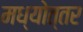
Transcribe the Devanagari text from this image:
मध्योत्तर